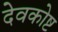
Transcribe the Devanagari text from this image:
देवकोष्ट